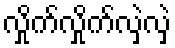
လှိုက်လှိုက်လှဲလှဲ